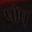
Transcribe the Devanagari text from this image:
पोप्